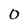
Character: 0